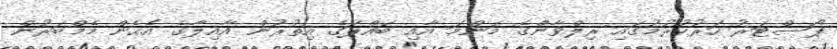
ޕޯސްޓަރު ހަރުކުރުމުގައި ރިލްވާންގެ މަންމަ އާއި ބައްޕަގެ އިތުރުން އާއިލާގެ އެހެން މެމްބަރުން